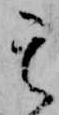
其